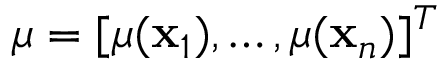
\boldsymbol { \mu } = [ \mu ( \mathbf { x } _ { 1 } ) , \dots , \mu ( \mathbf { x } _ { n } ) ] ^ { T }